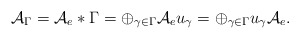
\begin{align*}\mathcal{A}_{\Gamma}=\mathcal{A}_e*\Gamma=\oplus_{{\gamma}\in \Gamma}\mathcal{A}_eu_{\gamma}=\oplus_{{\gamma}\in \Gamma}u_{\gamma}\mathcal{A}_e.\end{align*}